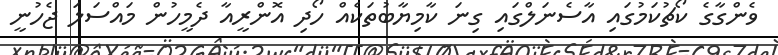
ވެންގާގެ ކޯޗުކަމުގައި އާސެނަލްގައި ގިނަ ކާމިޔާބުތަކެއް ހޯދި އޮންރީއާ ދެމީހުން މައްސަލަ ޖެހުނީ